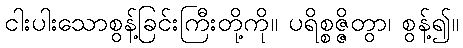
ငါးပါးသောစွန့်ခြင်းကြီးတို့ကို။ ပရိစ္စဇ္ဇိတွာ၊ စွန့်၍။